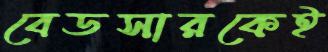
বেডসারকেই